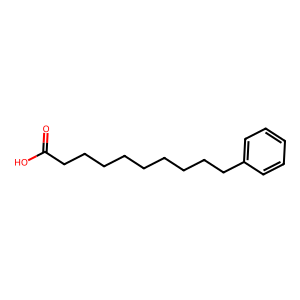
SMILES: O=C(O)CCCCCCCCCc1ccccc1
Inhibits HIV replication: No